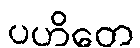
ပဟိတေ